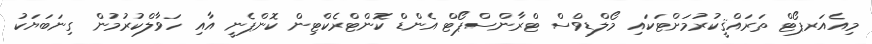
މިއެއަރޕޯޓް ތަރައްޤީކުރުމަށްޓަކައި މޯލްޑިވްސް ޓްރާންސްޕޯޓް އެންޑް ކޮންޓްރެކްޓިން ކޮންޕެނީ އާއި ހަވާލްކުރުމުން ގިނަބަޔަކު